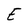
Character: E